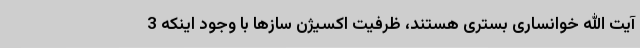
آیت الله خوانساری بستری هستند، ظرفیت اکسیژن سازها با وجود اینکه 3